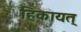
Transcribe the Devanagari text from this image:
हिकायत्‌